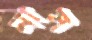
নাস